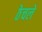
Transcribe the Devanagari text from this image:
ठेचले